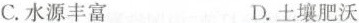
C.水源丰富 D.土壤肥沃